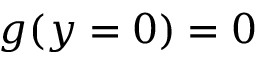
g ( y = 0 ) = 0